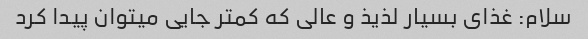
سلام: غذای بسیار لذیذ و عالی که کمتر جایی میتوان پیدا کرد